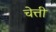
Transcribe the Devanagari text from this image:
चेत्ती